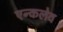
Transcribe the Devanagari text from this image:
एन्कलेव